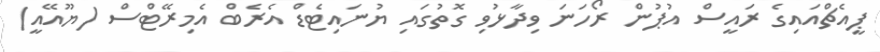
ޕީއެޗްއައިގެ ރައީސް އުޕުން ރޯހަނަ ވިދާޅުވި ގޮތުގައި ޔުނައިޓެޑް އެރެބް އެމިރޭޓްސް (ޔޫއޭއީ)